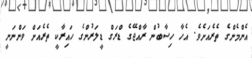
އެންމެންގެ ތެރެއަށެވެ. އެހާ ހިސާބުން ރާއްޖޭގެ ޑްރަގް ޑީލަރުންގެ ހައިރާކީ ތެރެއަށް ވަންނަނީ